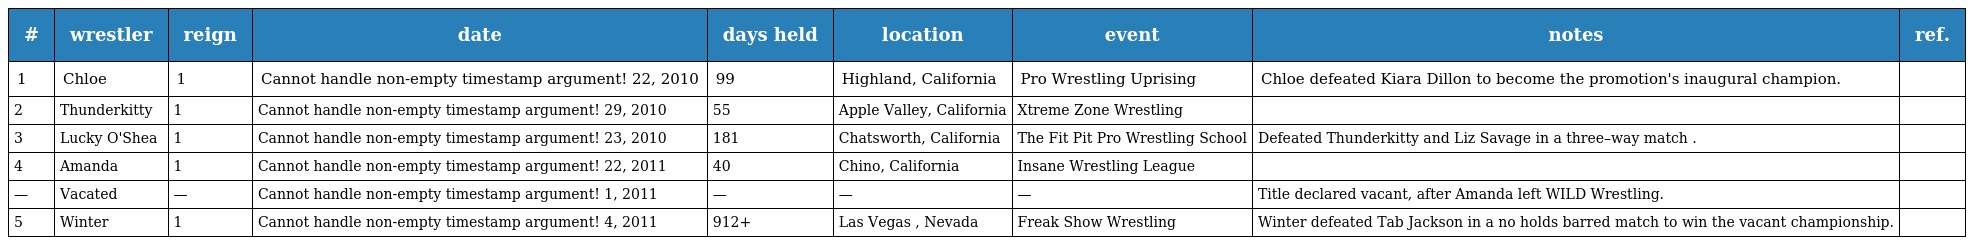
| # | wrestler | reign | date | days held | location | event | notes | ref. |
 | --- | --- | --- | --- | --- | --- | --- | --- | --- |
 | 1 | Chloe | 1 | Cannot handle non-empty timestamp argument! 22, 2010 | 99 | Highland, California | Pro Wrestling Uprising | Chloe defeated Kiara Dillon to become the promotion's inaugural champion. |  |
 | 2 | Thunderkitty | 1 | Cannot handle non-empty timestamp argument! 29, 2010 | 55 | Apple Valley, California | Xtreme Zone Wrestling |  |  |
 | 3 | Lucky O'Shea | 1 | Cannot handle non-empty timestamp argument! 23, 2010 | 181 | Chatsworth, California | The Fit Pit Pro Wrestling School | Defeated Thunderkitty and Liz Savage in a three–way match . |  |
 | 4 | Amanda | 1 | Cannot handle non-empty timestamp argument! 22, 2011 | 40 | Chino, California | Insane Wrestling League |  |  |
 | — | Vacated | — | Cannot handle non-empty timestamp argument! 1, 2011 | — | — | — | Title declared vacant, after Amanda left WILD Wrestling. |  |
 | 5 | Winter | 1 | Cannot handle non-empty timestamp argument! 4, 2011 | 912+ | Las Vegas , Nevada | Freak Show Wrestling | Winter defeated Tab Jackson in a no holds barred match to win the vacant championship. |  |